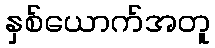
နှစ်ယောက်အတူ